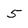
Character: 5